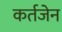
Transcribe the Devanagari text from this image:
कर्तजेन